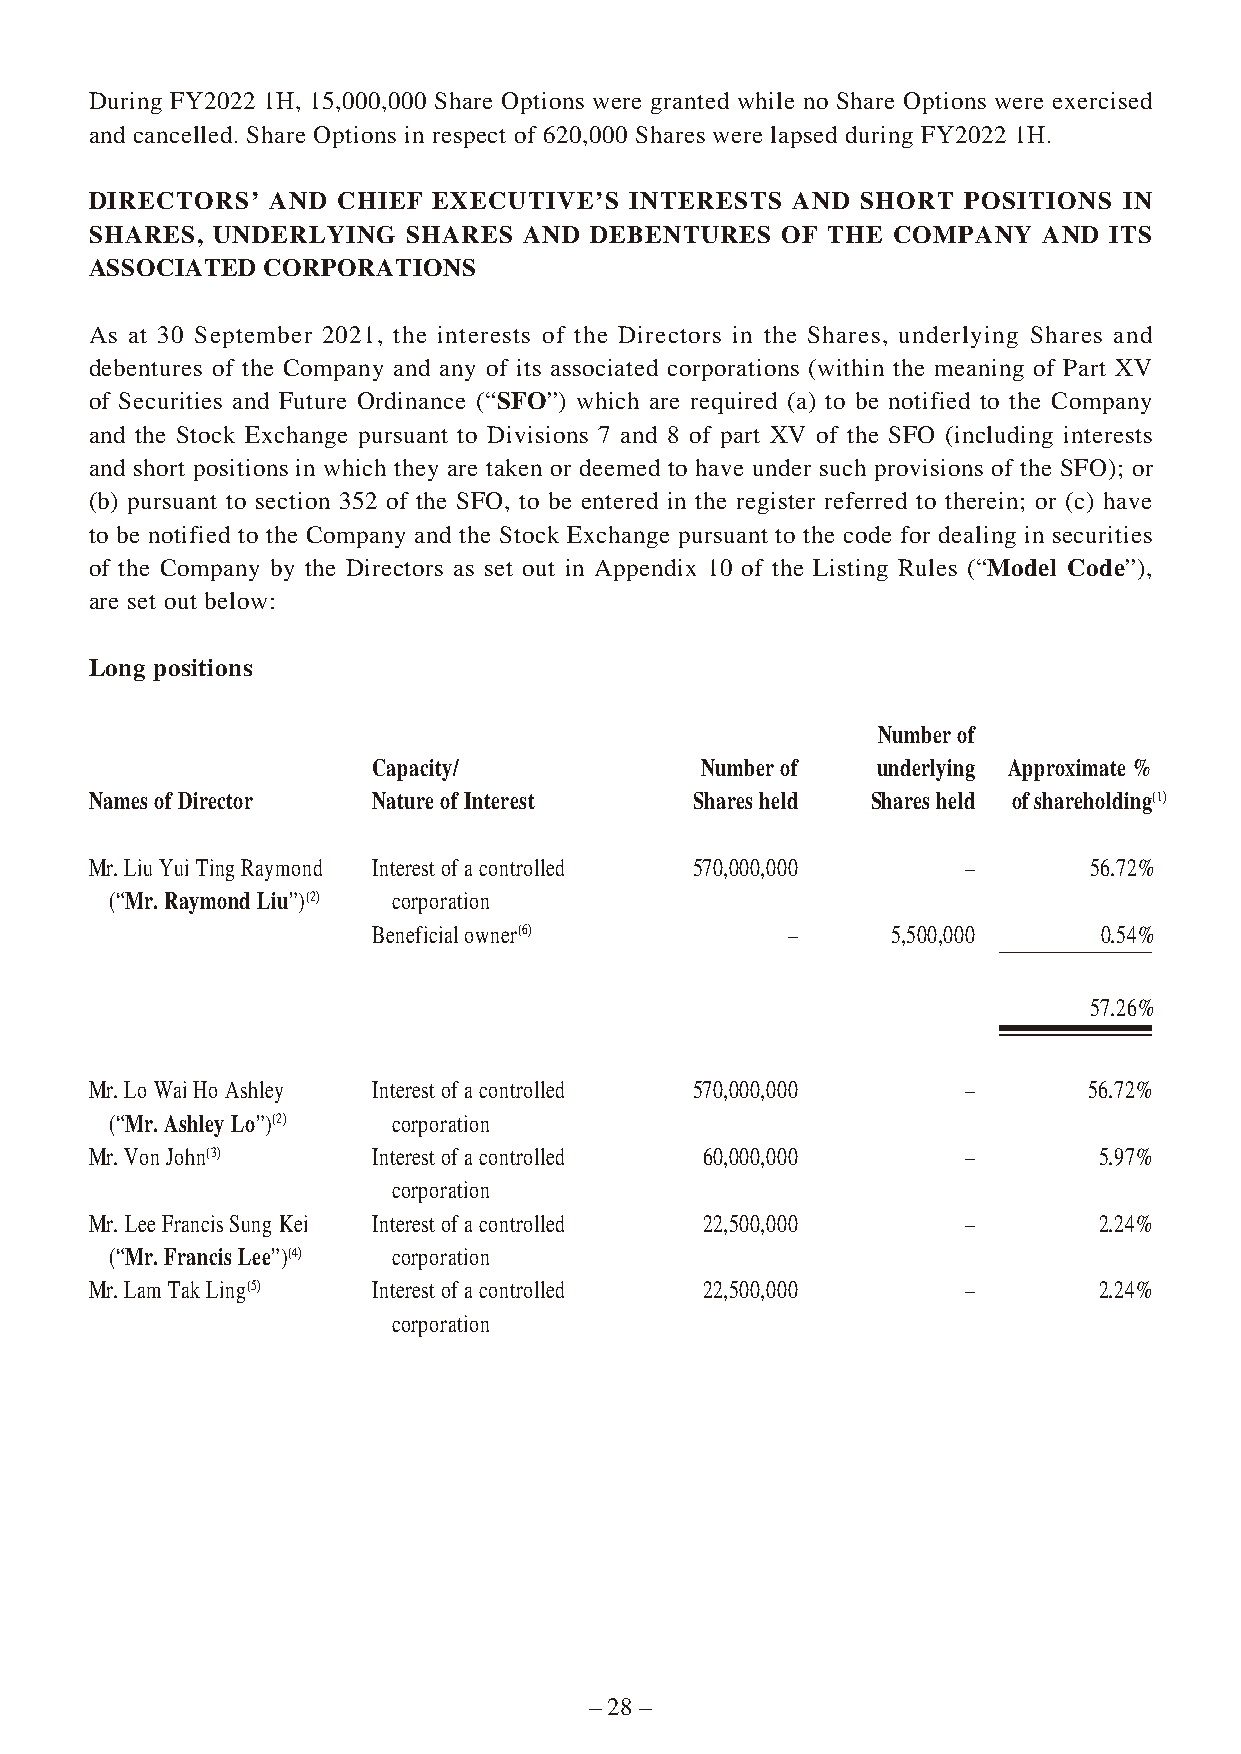
During FY2022 1H, 15,000,000 Share Options were granted while no Share Options were exercised
 and cancelled. Share Options in respect of 620,000 Shares were lapsed during FY2022 1H.
 DIRECTORS’  AND CHIEF  EXECUTIVE’S  INTERESTS AND  SHORT  POSITIONS IN
 SHARES, UNDERLYING   SHARES  AND DEBENTURES   OF THE COMPANY   AND ITS
 ASSOCIATED CORPORATIONS
 As at 30 September 2021, the interests of the Directors in the Shares, underlying Shares and
 debentures of the Company and any of its associated corporations (within the meaning of Part XV
 of Securities and Future Ordinance (“SFO”) which are required (a) to be notified to the Company
 and the Stock Exchange pursuant to Divisions 7 and 8 of part XV of the SFO (including interests
 and short positions in which they are taken or deemed to have under such provisions of the SFO); or
 (b) pursuant to section 352 of the SFO, to be entered in the register referred to therein; or (c) have
 to be notified to the Company and the Stock Exchange pursuant to the code for dealing in securities
 of the Company by the Directors as set out in Appendix 10 of the Listing Rules (“Model Code”),
 are set out below:
 Long positions
 Number of
 Capacity/            Number of   underlying Approximate %
 Names of Director  Nature of Interest   Shares held Shares held of shareholding(1)
 Mr. Liu Yui Ting Raymond Interest of a controlled 570,000,000 –   56.72%
 (“Mr. Raymond Liu”)(2) corporation
 Beneficial owner(6)        –      5,500,000     0.54%
 57.26%
 Mr. Lo Wai Ho Ashley Interest of a controlled 570,000,000 –       56.72%
 (“Mr. Ashley Lo”)(2) corporation
 Mr. Von John(3)    Interest of a controlled 60,000,000    –        5.97%
 corporation
 Mr. Lee Francis Sung Kei Interest of a controlled 22,500,000 –     2.24%
 (“Mr. Francis Lee”)(4) corporation
 Mr. Lam Tak Ling(5) Interest of a controlled 22,500,000   –        2.24%
 corporation
 – 28 –